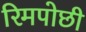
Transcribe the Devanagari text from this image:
रिमपोछी